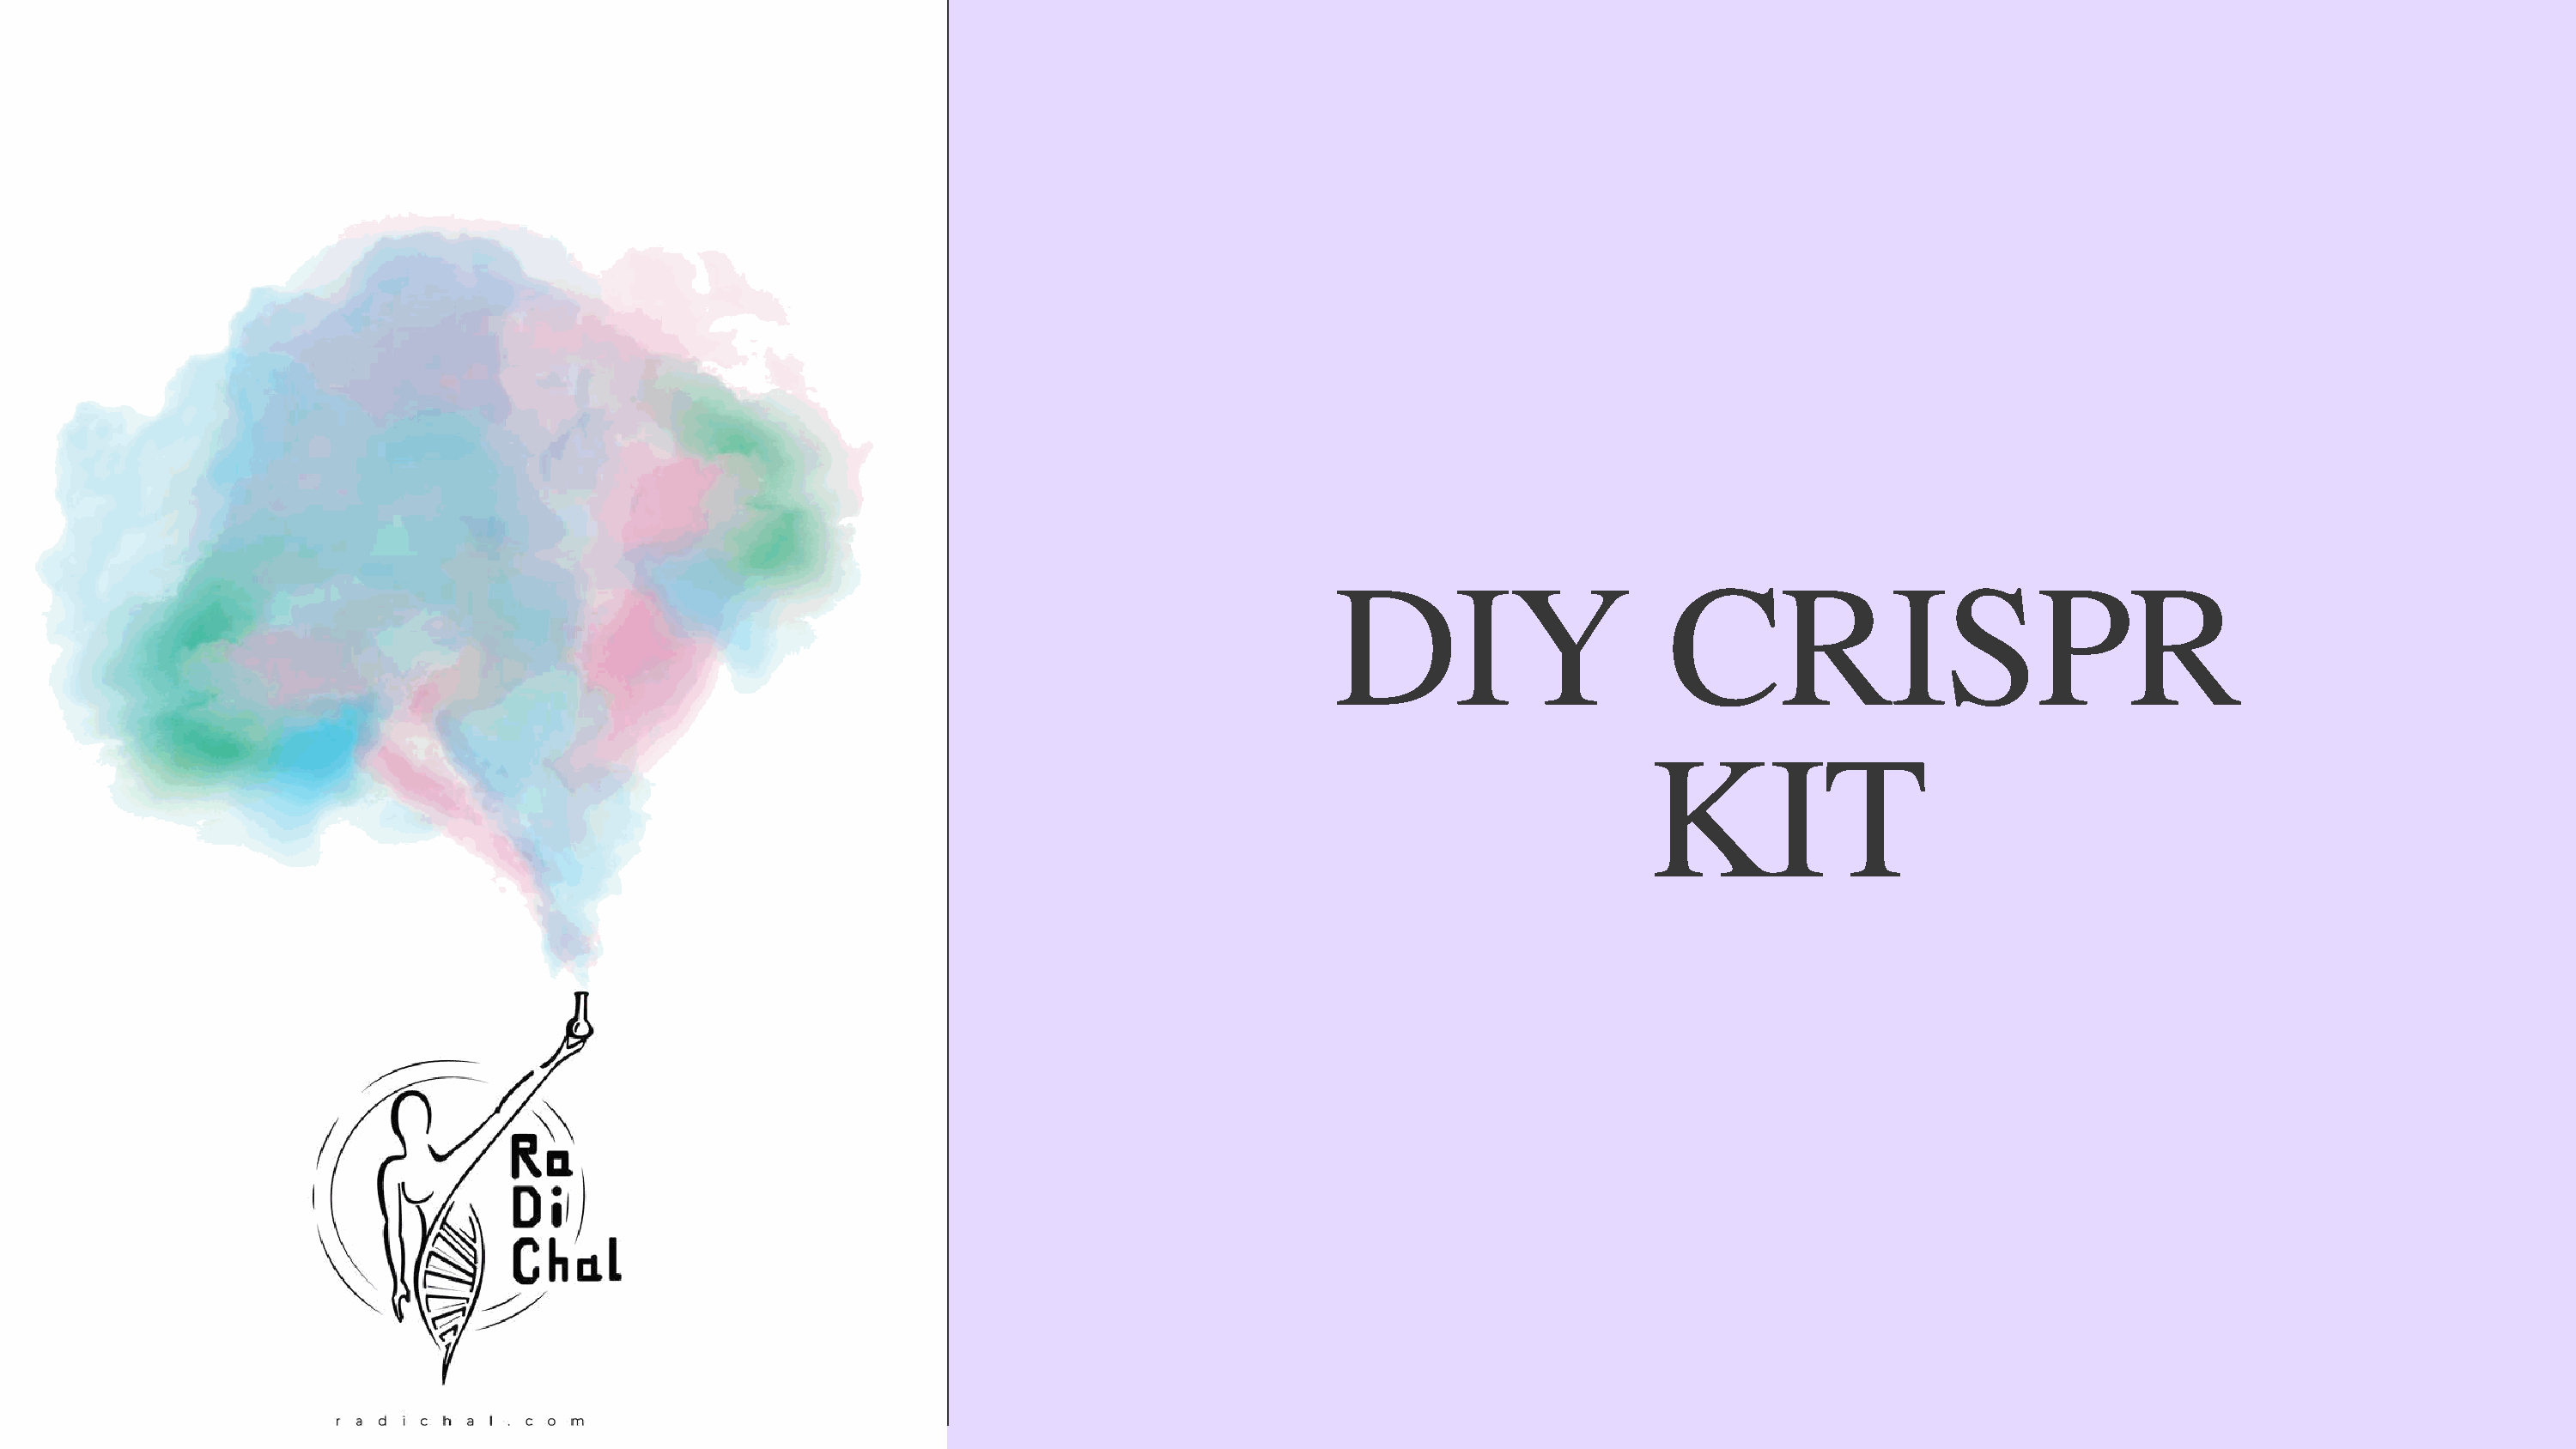
DIY                       CRISPR
 KIT